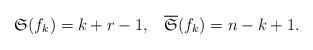
LaTeX: \begin{align*} \mathfrak{S}(f_k)=k+r-1,\,\,\,\,\,\overline{\mathfrak{S}}(f_k)=n-k+1. \end{align*}